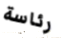
رئاسة